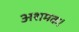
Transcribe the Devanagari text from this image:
अशमक।